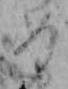
め